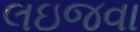
લઇજવા